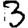
Digit: 3